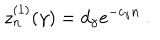
z _ { n } ^ { ( 1 ) } ( \gamma ) = d _ { \gamma } e ^ { - c _ { \gamma } n } \ .